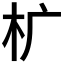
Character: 𰗓